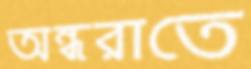
অন্ধরাতে